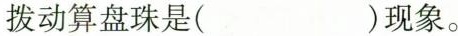
拨动算盘珠是( )现象。